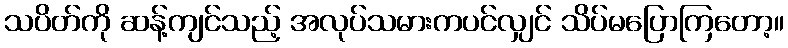
သပိတ်ကို ဆန့်ကျင်သည့် အလုပ်သမားကပင်လျှင် သိပ်မပြောကြတော့။